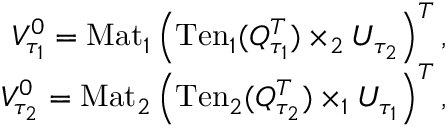
\begin{array} { r } { V _ { \tau _ { 1 } } ^ { 0 } = \mathrm { M a t } _ { 1 } \left( \mathrm { T e n } _ { 1 } ( Q _ { \tau _ { 1 } } ^ { T } ) \times _ { 2 } U _ { \tau _ { 2 } } \right) ^ { T } , } \\ { V _ { \tau _ { 2 } } ^ { 0 } = \mathrm { M a t } _ { 2 } \left( \mathrm { T e n } _ { 2 } ( Q _ { \tau _ { 2 } } ^ { T } ) \times _ { 1 } U _ { \tau _ { 1 } } \right) ^ { T } , } \end{array}